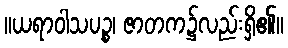
။ယရာဝါသပဉ္စ၊ ဇာတက၌လည်းရှိ၏။